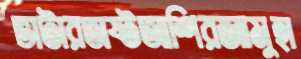
ভাটারঅষ্টআশিরজামুহা